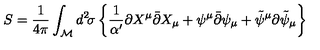
S = { \frac { 1 } { 4 \pi } } \int _ { \cal M } d ^ { 2 } \! \sigma \left\{ { \frac { 1 } { \alpha ^ { \prime } } } \partial X ^ { \mu } \bar { \partial } X _ { \mu } + \psi ^ { \mu } \bar { \partial } \psi _ { \mu } + \tilde { \psi } ^ { \mu } \partial \tilde { \psi } _ { \mu } \right\}